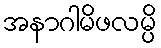
အနာဂါမိဖလမ္ပိ